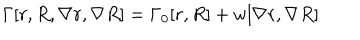
\Gamma [ r , R , \nabla r , \nabla R ] = \Gamma _ { 0 } [ r , R ] + w [ \nabla r , \nabla R ]